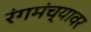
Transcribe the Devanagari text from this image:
रंगमंच्यावर